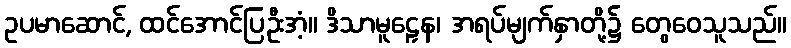
ဥပမာဆောင်, ထင်အောင်ပြဦးအံ့။ ဒိသာမူဠှေန၊ အရပ်မျက်နှာတို့၌ တွေဝေသူသည်။